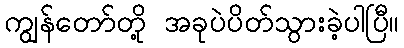
ကျွန်တော်တို့ အခုပဲပိတ်သွားခဲ့ပါပြီ။